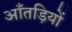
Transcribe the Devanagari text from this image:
आँतड़ियों